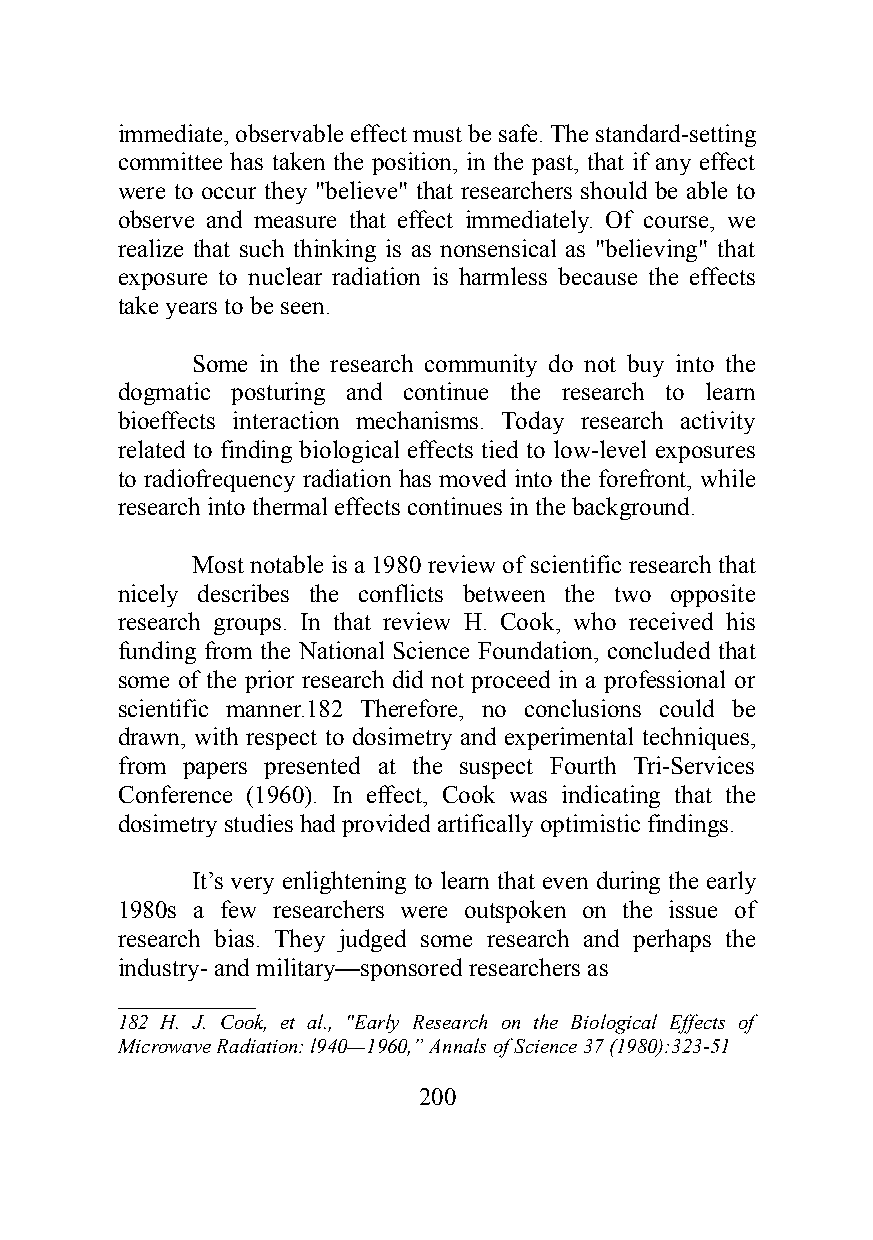
immediate, observable effect must be safe. The standard-setting
 committee has taken the position, in the past, that if any effect
 were to occur they "believe" that researchers should be able to
 observe and measure that effect immediately. Of course, we
 realize that such thinking is as nonsensical as "believing" that
 exposure to nuclear radiation is harmless because the effects
 take years to be seen.
 Some in the research community do not buy into the
 dogmatic posturing and continue the research to learn
 bioeffects interaction mechanisms. Today research activity
 related to finding biological effects tied to low-level exposures
 to radiofrequency radiation has moved into the forefront, while
 research into thermal effects continues in the background.
 Most notable is a 1980 review of scientific research that
 nicely describes the conflicts between the two opposite
 research groups. In that review H. Cook, who received his
 funding from the National Science Foundation, concluded that
 some of the prior research did not proceed in a professional or
 scientific manner.182 Therefore, no conclusions could be
 drawn, with respect to dosimetry and experimental techniques,
 from papers presented at the suspect Fourth Tri-Services
 Conference (1960). In effect, Cook was indicating that the
 dosimetry studies had provided artifically optimistic findings.
 It’s very enlightening to learn that even during the early
 1980s a few researchers were outspoken on the issue of
 research bias. They judged some research and perhaps the
 industry- and military—sponsored researchers as
 ___________
 182 H. J. Cook, et al., "Early Research on the Biological Effects of
 Microwave Radiation: l940—1960,” Annals of Science 37 (1980):323-51
 200